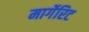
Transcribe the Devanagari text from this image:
मार्गेरिट